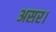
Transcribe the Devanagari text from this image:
असर।